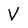
Character: V